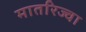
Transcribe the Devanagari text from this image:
मातरिज्वा